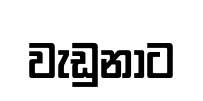
වැඩුනාට